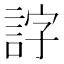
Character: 𧧕